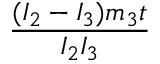
\frac { ( I _ { 2 } - I _ { 3 } ) m _ { 3 } t } { I _ { 2 } I _ { 3 } }